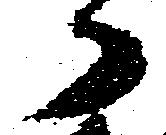
郎